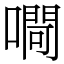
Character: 㗿